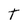
Character: T